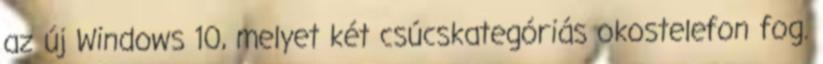
az új Windows 10, melyet két csúcskategóriás okostelefon fog.